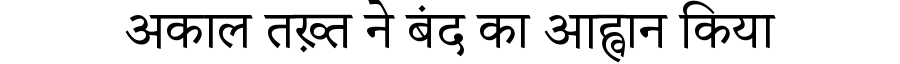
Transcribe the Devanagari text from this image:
अकाल तख़्त ने बंद का आह्वान किया